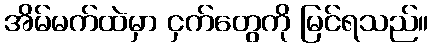
အိမ်မက်ထဲမှာ ငှက်တွေကို မြင်ရသည်။